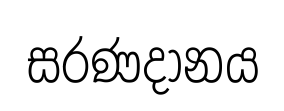
සරණදානය